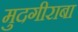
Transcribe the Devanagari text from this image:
मुदगीराबा